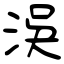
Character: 洖